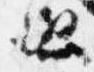
也